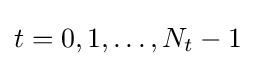
t=0,1,\ldots ,N_{t}-1